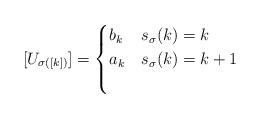
LaTeX: \begin{align*}[U_{\sigma([k])}]=\begin{cases}b_k&s_\sigma(k)=k\\a_k&s_\sigma(k)=k+1\\&\end{cases}\end{align*}